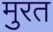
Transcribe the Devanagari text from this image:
मुरत